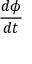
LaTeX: \frac { d \phi } { d t }